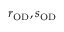
r _ { \mathrm { O D } } , s _ { \mathrm { O D } }